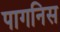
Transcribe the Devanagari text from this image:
पागनिस